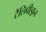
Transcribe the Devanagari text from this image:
टैलिवीझ़न